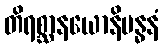
တိရစ္ဆာနယောနိဗန္ဓနံ